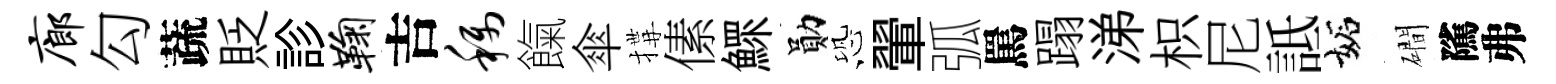
廊勾蔬貶診鞠吉称餼傘搆傃鰥勛恐翬弧罵蹋涕枳尼詆妬磵隲弗